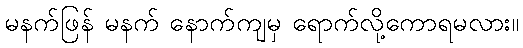
မနက်ဖြန် မနက် နောက်ကျမှ ရောက်လို့ကောရမလား။